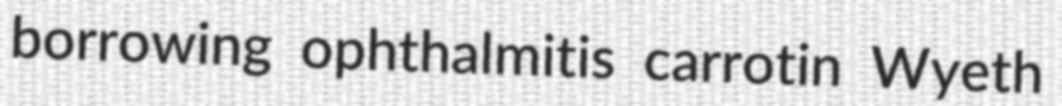
borrowing ophthalmitis carrotin Wyeth